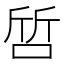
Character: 啠